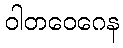
ဝါတဝေဂေန